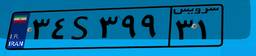
۳۴S۳۹۹۳۱